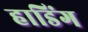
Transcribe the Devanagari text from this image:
हाडिंग